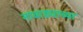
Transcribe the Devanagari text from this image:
नावाड्याच्या